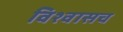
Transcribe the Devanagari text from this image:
विश्वासच